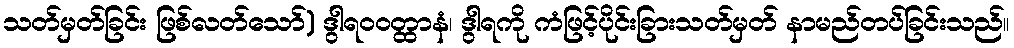
သတ်မှတ်ခြင်း ဖြစ်လတ်သော်) ဒွါရဝဝတ္ထာနံ၊ ဒွါရကို ကံဖြင့်ပိုင်းခြားသတ်မှတ် နာမည်တပ်ခြင်းသည်။